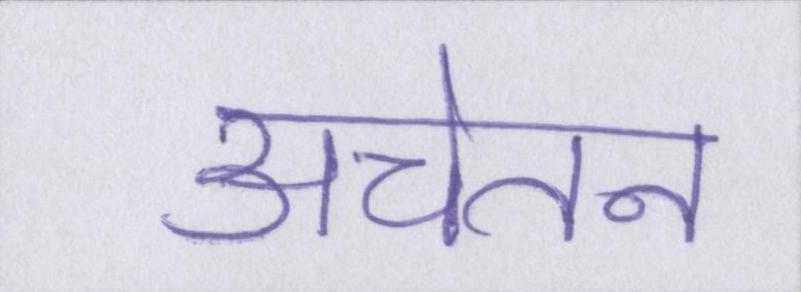
अचेतन